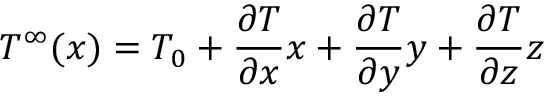
T ^ { \infty } ( \boldsymbol { x } ) = T _ { 0 } + \frac { \partial T } { \partial x } x + \frac { \partial T } { \partial y } y + \frac { \partial T } { \partial z } z